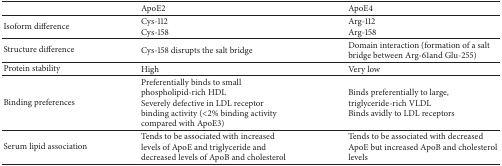
|  | ApoE2 | ApoE4 |
 | --- | --- | --- |
 | Isoform difference | Cys-112Cys-158 | Arg-112Arg-158 |
 | Structure difference | Cys-158 disrupts the salt bridge | Domain interaction (formation of a salt bridge between Arg-61and Glu-255) |
 | Protein stability | High | Very low |
 | Binding preferences | Preferentially binds to small phospholipid-rich HDLSeverely defective in LDL receptor binding activity (<2% binding activity compared with ApoE3) | Binds preferentially to large, triglyceride-rich VLDLBinds avidly to LDL receptors |
 | Serum lipid association | Tends to be associated with increased levels of ApoE and triglyceride and decreased levels of ApoB and cholesterol | Tends to be associated with decreased ApoE but increased ApoB and cholesterol levels |